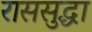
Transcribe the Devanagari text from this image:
राससुद्धा